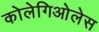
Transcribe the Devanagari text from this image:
कोलेगिओलेस